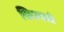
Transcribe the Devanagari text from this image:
खिलफती